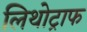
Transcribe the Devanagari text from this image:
लिथोट्राफ